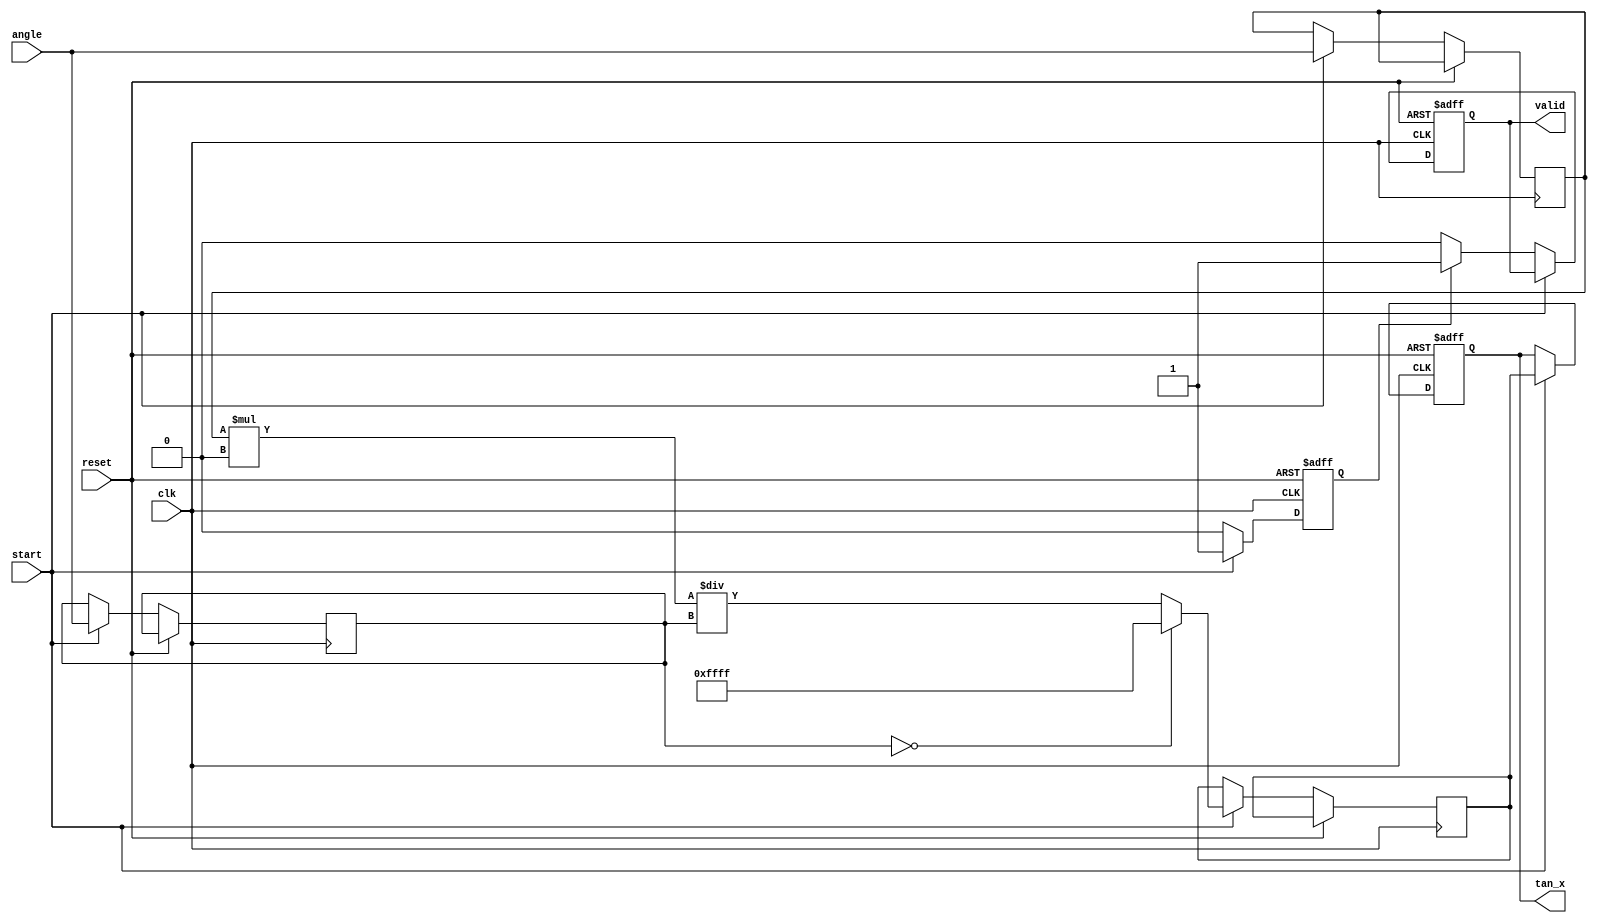
module tangent_arithmetic_block (
    input wire [15:0] angle,        // Input angle in radians (fixed-point)
    input wire start,               // Control signal to start computation
    input wire clk,                 // Clock signal
    input wire reset,               // Reset signal
    output reg [15:0] tan_x,        // Output tangent value (fixed-point)
    output reg valid                // Output valid signal
);

    reg [15:0] sin_x;              // Placeholder for sine output
    reg [15:0] cos_x;              // Placeholder for cosine output
    reg [15:0] quotient;            // Placeholder for division result
    reg computation_done;           // Flag to indicate computation completion

    // Sine computation module (stub)
    function [15:0] compute_sin;
        input [15:0] angle;
        begin
            // Placeholder for sine calculation
            compute_sin = angle; // Replace with actual sine computation
        end
    endfunction

    // Cosine computation module (stub)
    function [15:0] compute_cos;
        input [15:0] angle;
        begin
            // Placeholder for cosine calculation
            compute_cos = angle; // Replace with actual cosine computation
        end
    endfunction

    // Division module (fixed-point division)
    function [15:0] fixed_point_divide;
        input [15:0] numerator;
        input [15:0] denominator;
        begin
            if (denominator == 16'd0) begin
                fixed_point_divide = 16'hFFFF; // Return max value for division by zero
            end else begin
                fixed_point_divide = (numerator * 16'h10000) / denominator; // Scale division
            end
        end
    endfunction

    // Main computation process
    always @(posedge clk or posedge reset) begin
        if (reset) begin
            tan_x <= 16'd0;
            valid <= 1'b0;
            computation_done <= 1'b0;
        end else if (start) begin
            // Compute sine and cosine
            sin_x <= compute_sin(angle);
            cos_x <= compute_cos(angle);
            
            // Perform division
            quotient <= fixed_point_divide(sin_x, cos_x);
            tan_x <= quotient;

            // Indicate computation is done
            computation_done <= 1'b1;
        end else if (computation_done) begin
            valid <= 1'b1; // Output is valid
            computation_done <= 1'b0; // Clear the computation done flag
        end else begin
            valid <= 1'b0; // Output is not valid
        end
    end

endmodule